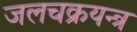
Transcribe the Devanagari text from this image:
जलचक्रयन्त्र